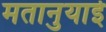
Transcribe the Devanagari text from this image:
मतानुयाई